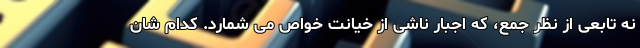
نه تابعی از نظر جمع، که اجبار ناشی از خیانت خواص می شمارد. کدام شان